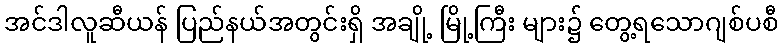
အင်ဒါလူဆီယန် ပြည်နယ်အတွင်းရှိ အချို့ မြို့ကြီး များ၌ တွေ့ရသောဂျစ်ပစီ